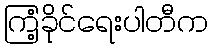
ကြံ့ခိုင်ရေးပါတီက